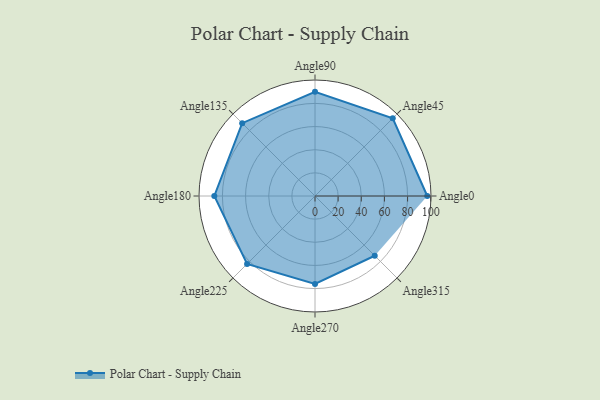
{"axis": {"x": "Angle", "y": "Radius"}, "legend": [""], "data": [{"x": "Angle0", "y": 97.0, "type": ""}, {"x": "Angle45", "y": 95.0, "type": ""}, {"x": "Angle90", "y": 90.0, "type": ""}, {"x": "Angle135", "y": 89.0, "type": ""}, {"x": "Angle180", "y": 87.0, "type": ""}, {"x": "Angle225", "y": 83.0, "type": ""}, {"x": "Angle270", "y": 76.0, "type": ""}, {"x": "Angle315", "y": 73.0, "type": ""}]}